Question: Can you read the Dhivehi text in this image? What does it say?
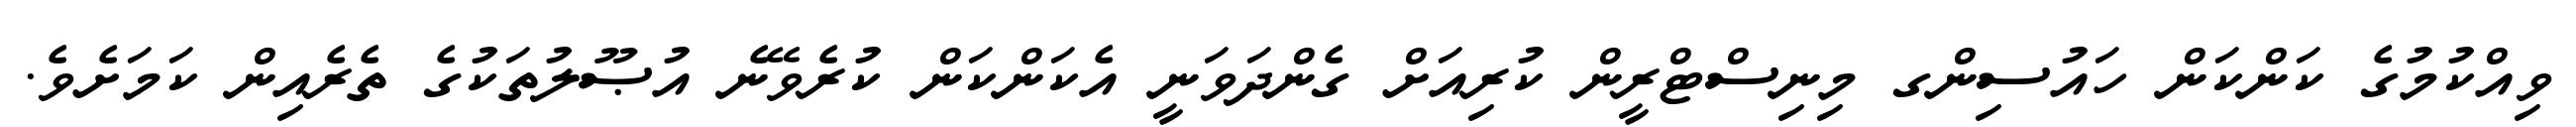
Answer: ވިއްކުމުގެ ކަންކަން ހައުސިންގ މިނިސްޓްރީން ކުރިއަށް ގެންދަވަނީ އެކަންކަން ކުރެވޭނެ އުޞޫލުތަކުގެ ތެރެއިން ކަމަށެވެ.